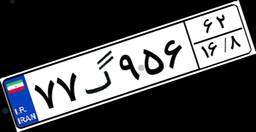
۷۷گ۹۵۶۶۲